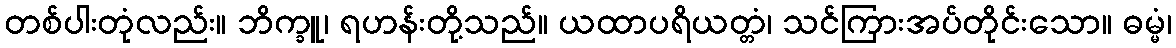
တစ်ပါးတုံလည်း။ ဘိက္ခူ၊ ရဟန်းတို့သည်။ ယထာပရိယတ္တံ၊ သင်ကြားအပ်တိုင်းသော။ ဓမ္မံ၊